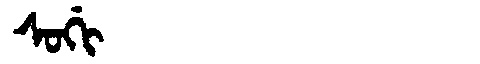
Manchu: ᠰᠣᡤᡳ
Romanization: SOGI